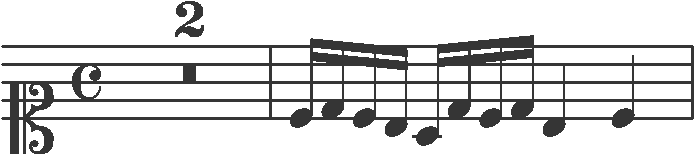
Transcription: clef-C1 timeSignature-C multirest-2 barline note-C4_sixteenth note-D4_sixteenth note-C4_sixteenth note-B3_sixteenth note-A3_sixteenth note-D4_sixteenth note-C4_sixteenth note-D4_sixteenth note-B3_quarter note-C4_quarter barline